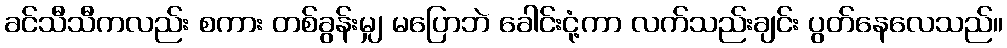
ခင်သီသီကလည်း စကား တစ်ခွန်းမျှ မပြောဘဲ ခေါင်းငုံ့ကာ လက်သည်းချင်း ပွတ်နေလေသည်။